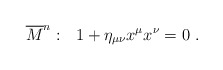
\begin{align*}\overline{M}^n:~~1+\eta_{\mu\nu}x^\mu x^\nu=0~.\end{align*}